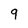
Character: 9